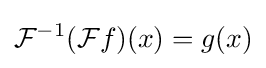
{\mathcal {F}}^{-1}({\mathcal {F}}f)(x)=g(x)